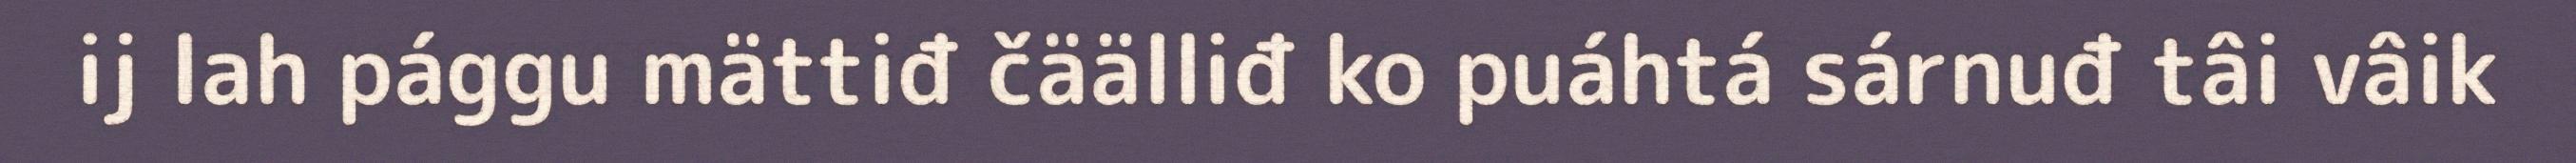
ij lah pággu mättiđ čäälliđ ko puáhtá sárnuđ tâi vâik